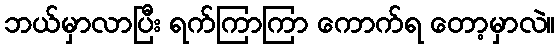
ဘယ်မှာလာပြီး ရက်ကြာကြာ ကောက်ရ တော့မှာလဲ။